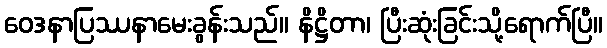
ဝေဒနာပြဿနာမေးခွန်းသည်။ နိဋ္ဌိတာ၊ ပြီးဆုံးခြင်းသို့ရောက်ပြီ။